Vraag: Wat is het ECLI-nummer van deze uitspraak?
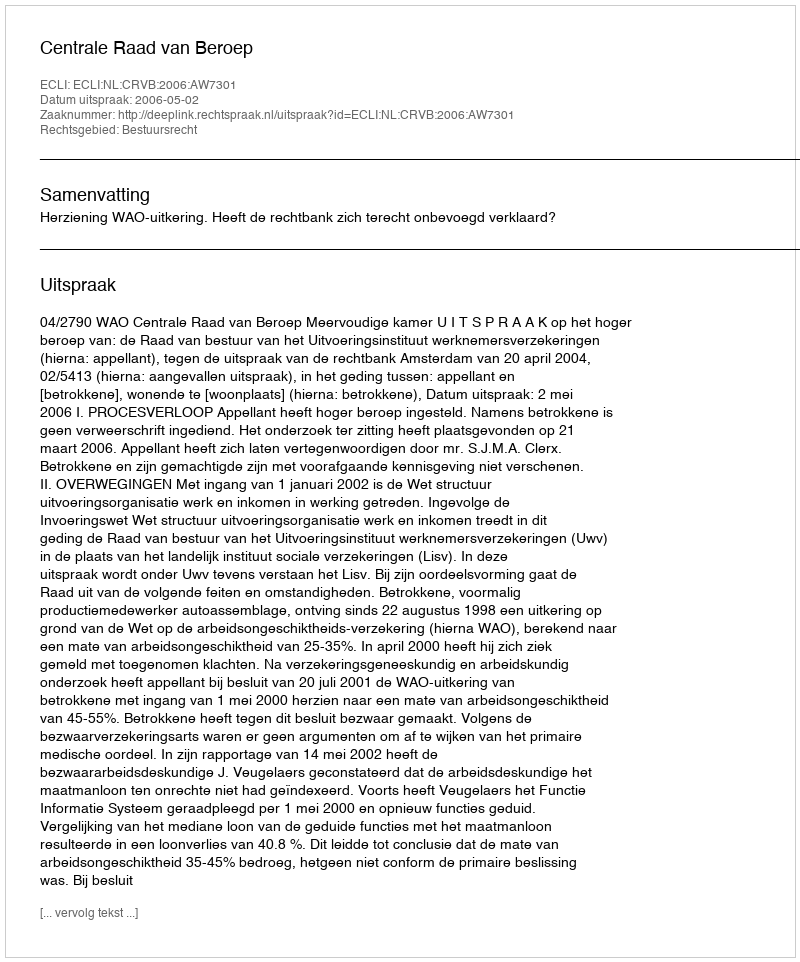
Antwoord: ECLI:NL:CRVB:2006:AW7301